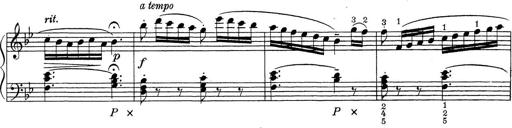
Title: ÄŒeskÃ© Sonatiny
Composer: Various